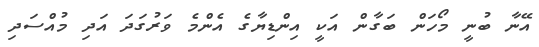
އޭނާ ބުނީ މޯހަން ބަގާން އަކީ އިންޑިޔާގެ އެންމެ ވަރުގަދަ އަދި މުއްސަދި